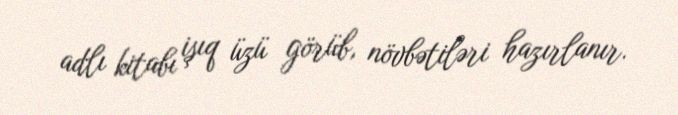
adlı kitabı işıq üzü görüb, növbətiləri hazırlanır.